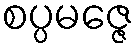
စပ္ပမဇ္ဇေ